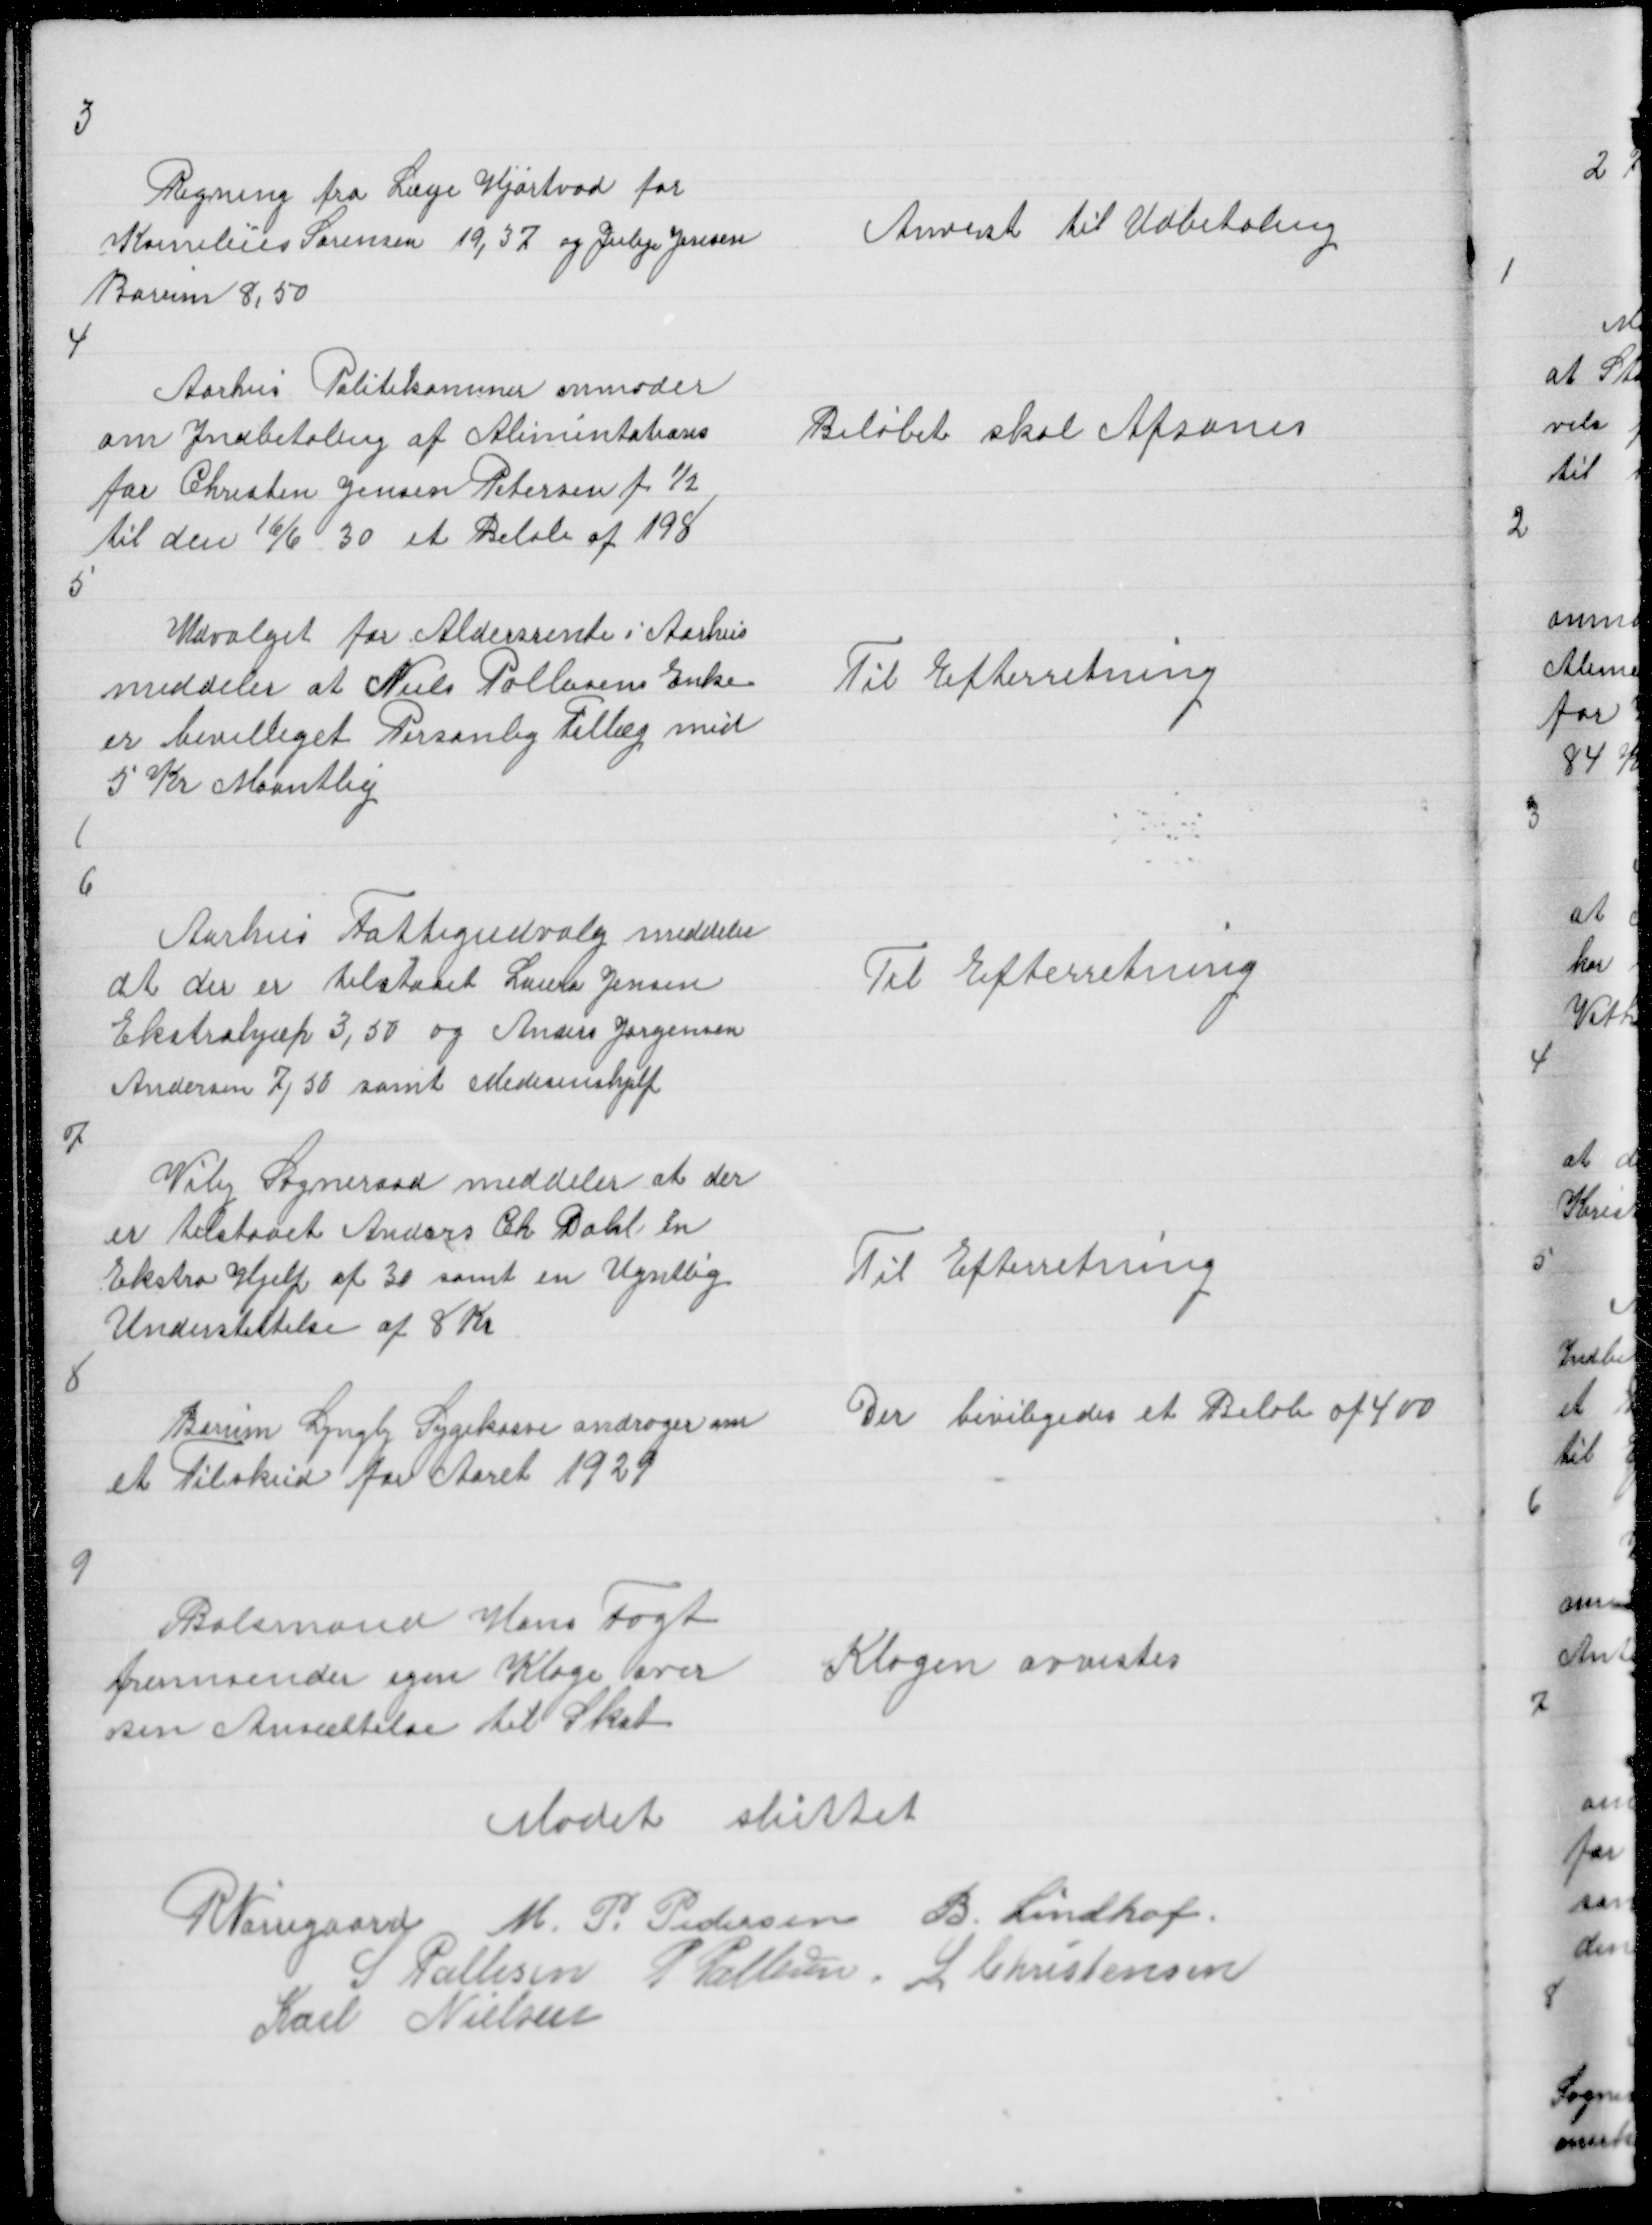
Transskription:
3

Regning fra Læge Hjortvad for
Kornelius Sørensen 19,37 og Julije Jensen
Borum 8,50

Anvist til Udbetaling

4

Aarhus Politikammer anmoder
om Indbetaling af Alimentations
for Chresten Jensen Petersen f ½
til den 16/6 30 et Beløb af 198

Beløbet skal Afsones

5

Udvalget for Aldersrente i Aarhus
meddeler at Niels Pallesens Enke
er bevilliget Personlig Tillæg med
5 Kr Maantlig

Til Efterretning

6

Aarhus Fattigudvalg meddeler
at der er tilstaaet Laura Jensen
Ekstrahjæp 3,50 og Anders Jørgensen
Andersen 7,50 samt Medesinshjelp

Til Efterretning

7

Viby Sogneraad meddeler at der
er tilstaaet Anders Ch Dahl en
ekstra Hjelp af 30 samt en Ugntlig
Understøttelse af 8 Kr

Til Efterretning

8

Borum Lyngby Sygekase andrager om
et Tilskud til Aaret 1929

Der beviligedes et Beløb af 400

9

Bolsmand Hans Fogt
fremsender igen Klage over
sin Ansættelse til Skat

Klagen avvistes

Mødet sluttet
R Nørregaard M. P. Pedersen B. Lindhof
S Pallesen P Pallesen L Christensen
Karl Nielsen